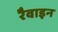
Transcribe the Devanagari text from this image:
रैवाइन